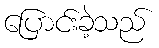
ပြောင်းခဲ့သည်